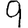
Digit: 9